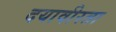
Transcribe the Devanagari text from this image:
दयावीरता